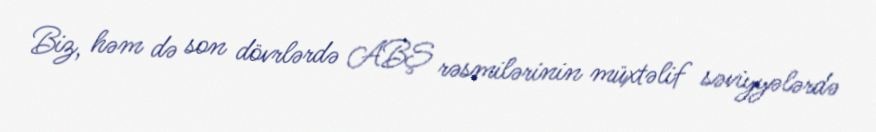
Biz, həm də son dövrlərdə ABŞ rəsmilərinin müxtəlif səviyyələrdə